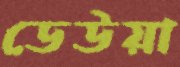
ডেউয়া